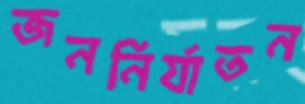
জননির্যাতন